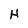
Character: H